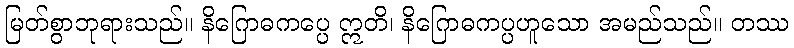
မြတ်စွာဘုရားသည်။ နိဂြောဓကပ္ပေ ဣတိ၊ နိဂြောဓကပ္ပဟူသော အမည်သည်။ တဿ